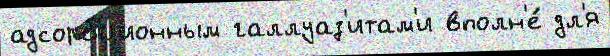
адсорбционным галлуаз'итам'и вполн'е́ дл'я